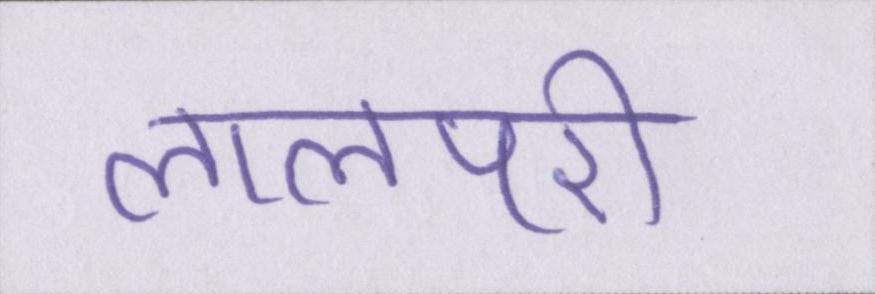
लालपरी